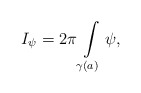
\begin{align*}I_{\psi}=2\pi\int\limits_{\gamma(a)}\psi,\end{align*}